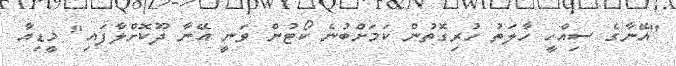
"އޭނާގެ ސިއްހީ ހާލަތު ހުރިގޮތުން ކަމަށްބުނެ ކޯޓުން ވަނީ އޭނާ ދޫކޮށްލާފައި" މީޑިއާ